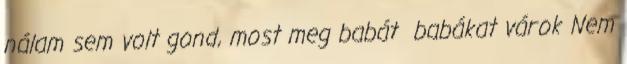
nálam sem volt gond, most meg babát babákat várok Nem